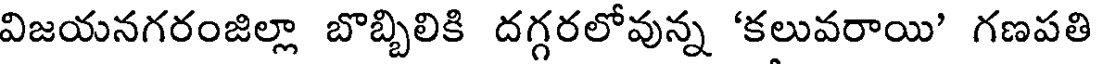
విజయనగరంజిల్లా బొబ్బిలికి దగ్గరలోవున్న 'కలువరాయి' గణపతి